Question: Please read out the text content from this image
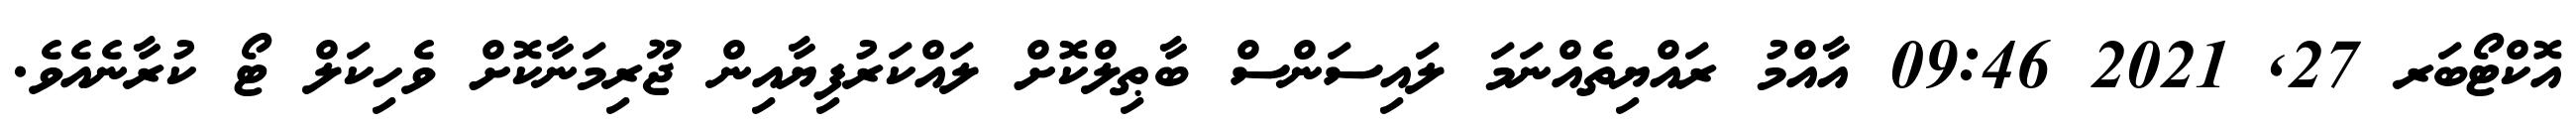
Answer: އޮކްޓޯބަރ 27, 2021 09:46 އާއްމު ރައްޔިތެއްނަމަ ލައިސަންސް ބާޠިލްކޮށް ލައްކަރުފިޔާއިން ޖޫރިމަނާކޮށް ވެހިކަލް ޓޯ ކުރާނެއެވެ.